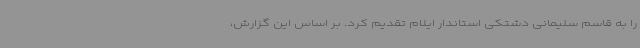
را به قاسم سلیمانی دشتکی استاندار ایلام تقدیم کرد. بر اساس این گزارش،